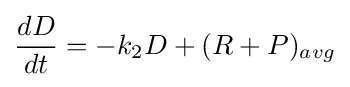
{\frac {dD}{dt}}=-k_{2}D+(R+P)_{avg}